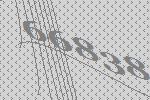
66838